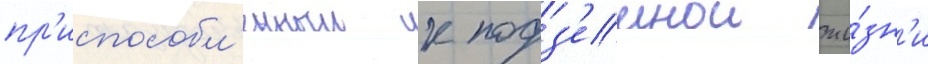
пр'испособл'енныи к подз'емнои жи́зн'и